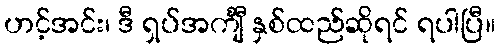
ဟင့်အင်း၊ ဒီ ရှပ်အင်္ကျီ နှစ်ထည်ဆိုရင် ရပါပြီ။